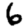
Digit: 6